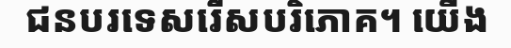
ជនបរទេសរើសបរិភោគ។ យើង